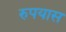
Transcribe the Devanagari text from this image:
रुपयास